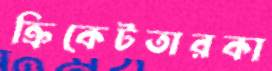
ক্রিকেটতারকা